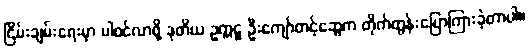
ငြိမ်းချမ်းရေးမှာ ပါဝင်လာဖို့ ဒုတိယ ဥက္ကဋ္ဌ ဦးကျော်တင့်ဆွေက တိုက်တွန်းပြောကြားခဲ့တာပါ။